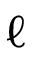
\ell